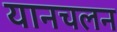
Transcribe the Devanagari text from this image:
यानचलन